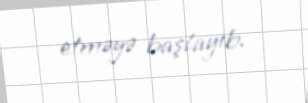
etməyə başlayıb.